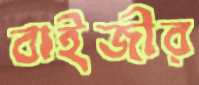
বাইজীর